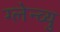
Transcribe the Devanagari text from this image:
ग्लेन्व्यु